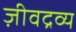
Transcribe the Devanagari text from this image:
ज़ीवद्रव्य